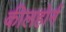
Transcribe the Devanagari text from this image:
कीलहोर्न